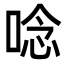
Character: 唸